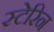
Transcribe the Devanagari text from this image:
स्टेरिन